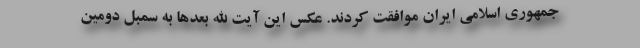
جمهوری اسلامی ایران موافقت کردند. عکس این آیت الله بعدها به سمبل دومین